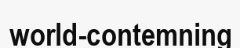
world-contemning